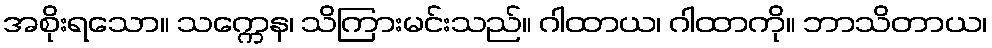
အစိုးရသော။ သက္ကေန၊ သိကြားမင်းသည်။ ဂါထာယ၊ ဂါထာကို။ ဘာသိတာယ၊